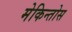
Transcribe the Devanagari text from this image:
मेकिन्तोस